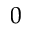
0